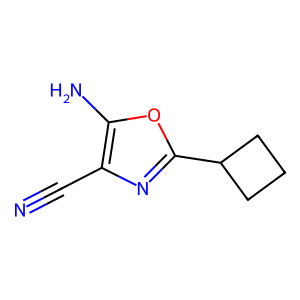
SMILES: N#Cc1nc(C2CCC2)oc1N
Inhibits HIV replication: No